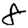
Digit: 8